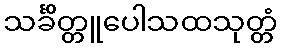
သင်္ခိတ္တူပေါသထသုတ္တံ